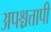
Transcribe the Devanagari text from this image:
अपश्चत्तापी